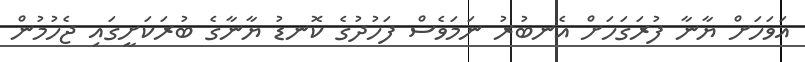
އަވަހަށް ޔާނާ ފުރަގަހަށް އެނބުރު ނަމަވެސް ފަހުދުގެ ކޮނޑު ޔާނާގެ ބުރަކަށީގައި ޖެހުމުން